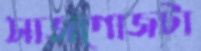
সাজগোজটা